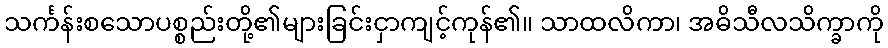
သင်္ကန်းစသောပစ္စည်းတို့၏များခြင်းငှာကျင့်ကုန်၏။ သာထလိကာ၊ အဓိသီလသိက္ခာကို